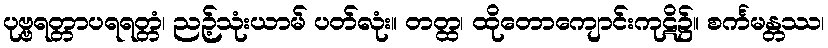
ပုဗ္ဗရတ္တာပရရတ္တံ၊ ညဉ့်သုံးယာမ် ပတ်လုံး။ တတ္ထ၊ ထိုတောကျောင်းကုဋိ၌။ စင်္ကမန္တဿ၊